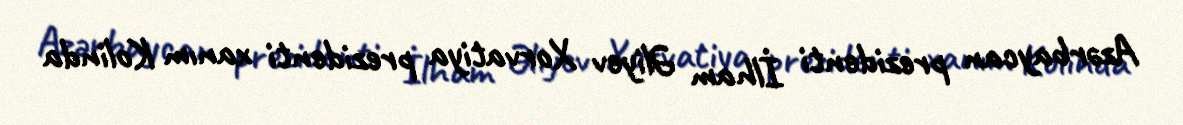
Azərbaycan prezidenti İlham Əliyev Xorvatiya prezidenti xanım Kolinda